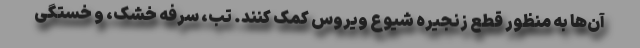
آن‌ها به منظور قطع زنجیره شیوع ویروس کمک کنند. تب، سرفه خشک، و خستگی